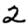
Digit: 2